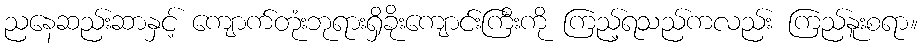
ညနေဆည်းဆာနှင့် ကျောက်တုံးဘုရားရှိခိုးကျောင်းကြီးကို ကြည့်ရသည်ကလည်း ကြည်နူးစရာ။